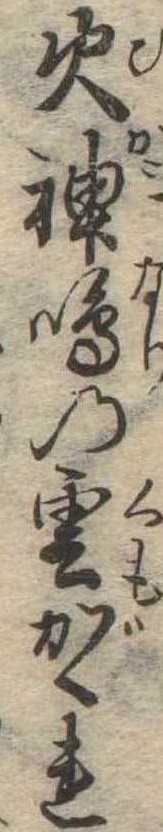
火神鳴の雲がくれ